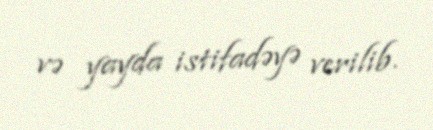
və yayda istifadəyə verilib.